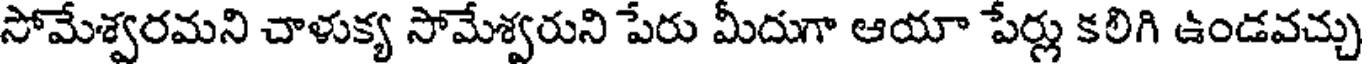
సోమేశ్వరమని చాళుక్య సోమేశ్వరుని పేరు మీదుగా ఆయా పేర్లు కలిగి ఉండవచ్చు